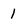
Character: 1